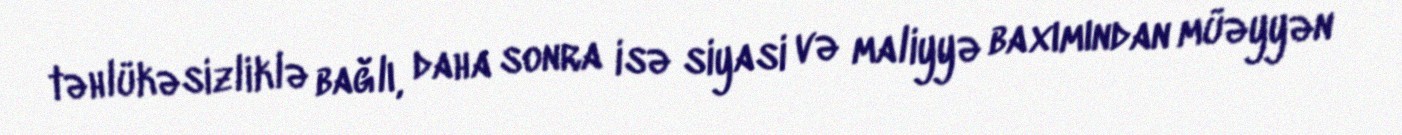
təhlükəsizliklə bağlı, daha sonra isə siyasi və maliyyə baxımından müəyyən